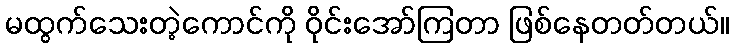
မထွက်သေးတဲ့ကောင်ကို ဝိုင်းအော်ကြတာ ဖြစ်နေတတ်တယ်။